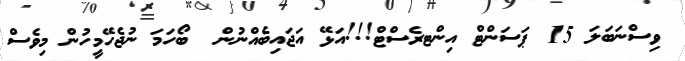
ވިސްނަބަލަ 15 ޕަސަންޓް އިންޓރެސްޓް!!!އަޅޭ އަޖައިބެއްނުން  ބޯހަމަ ނުޖެހޭމީހުން މިވެސް